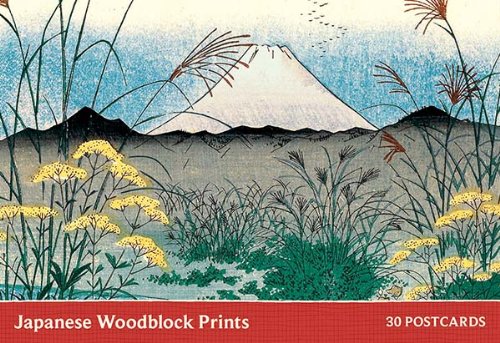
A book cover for Japanese Woodblock Print Postcard Book; Galison; Crafts, Hobbies & Home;